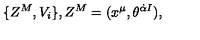
\{ Z ^ { M } , V _ { i } \} , Z ^ { M } = ( x ^ { \mu } , \theta ^ { \dot { \alpha } I } ) ,